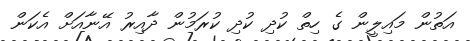
އަތުން މައިލީން ގެ ހިތް ކުދި ކުދި ކުރަމުން ދާއިރު އޭނާއަށް އެކަން